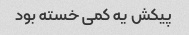
پیکش یه کمی خسته بود